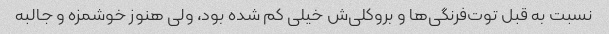
نسبت به قبل توت‌فرنگی‌ها و بروکلی‌ش خیلی کم شده بود، ولی هنوز خوشمزه و جالبه